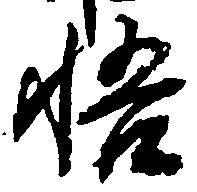
悟